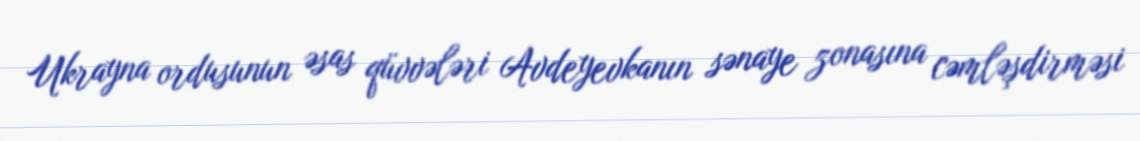
Ukrayna ordusunun əsas qüvvələri Avdeyevkanın sənaye zonasına cəmləşdirməsi